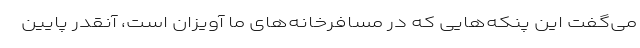
می‌گفت این پنکه‌هایی که در مسافرخانه‌های ما آویزان است، آنقدر پایین